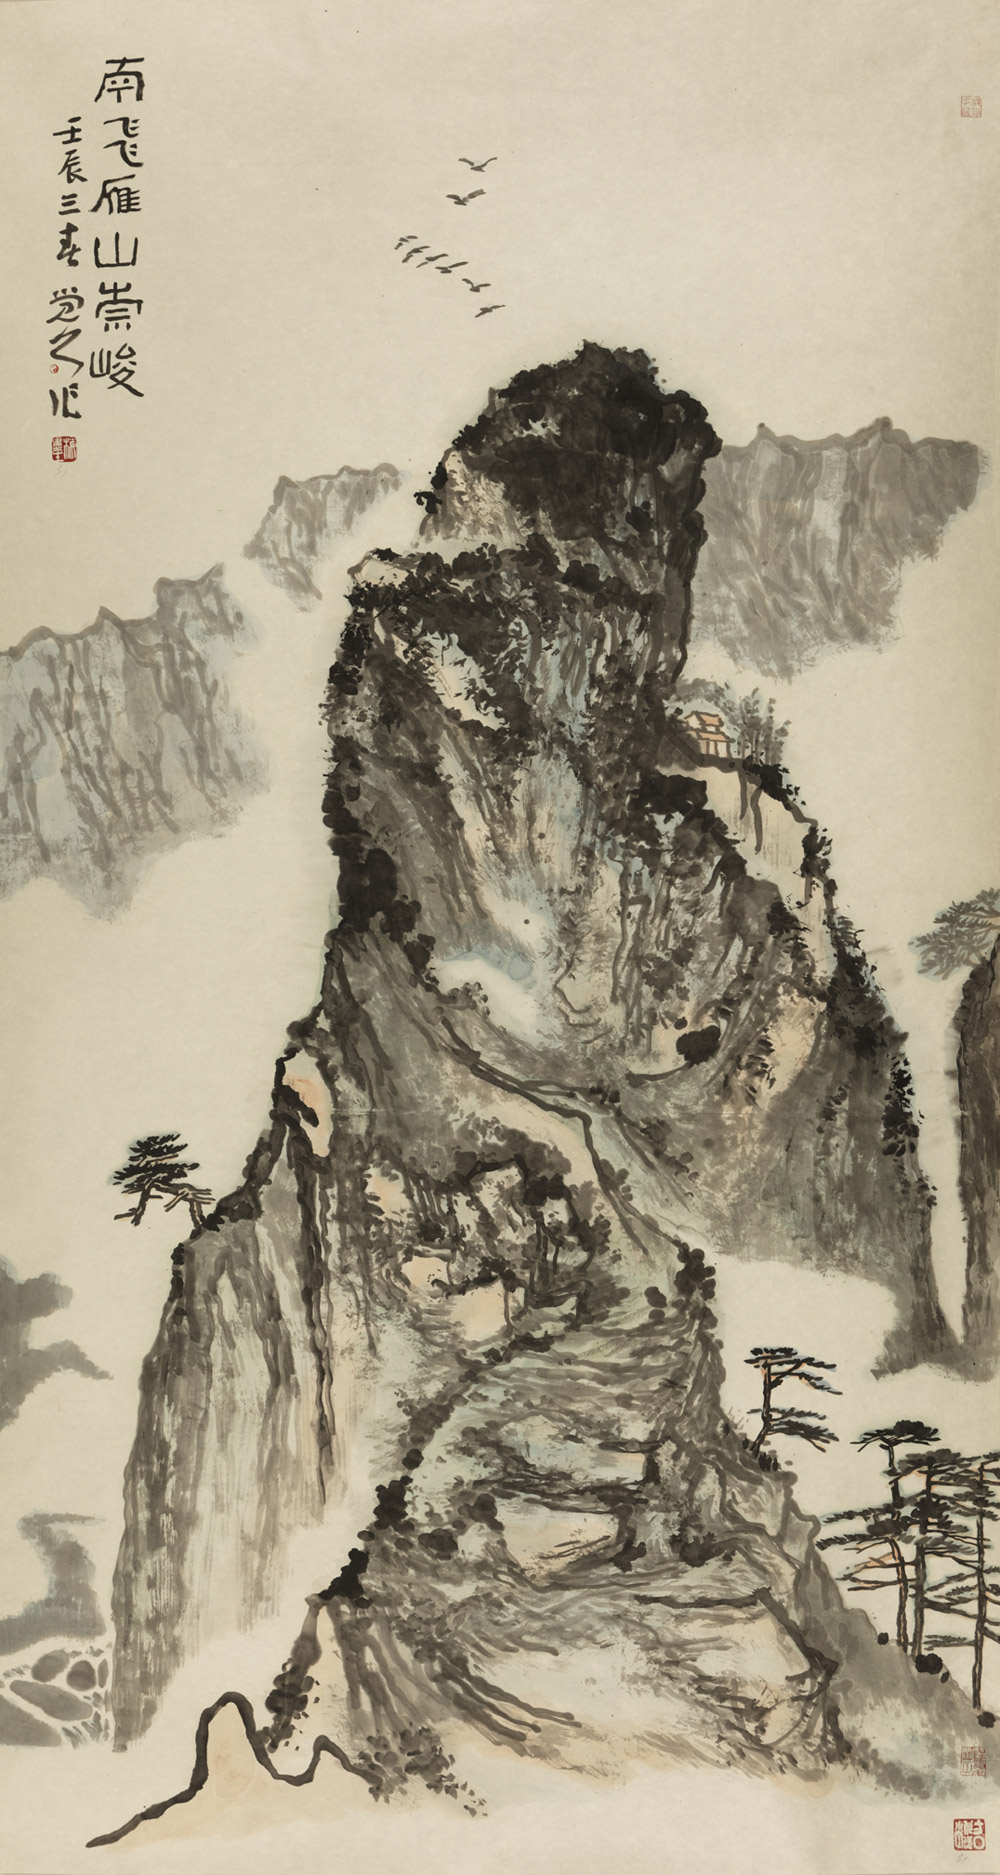
惟有河边雁，秋来南向飞。